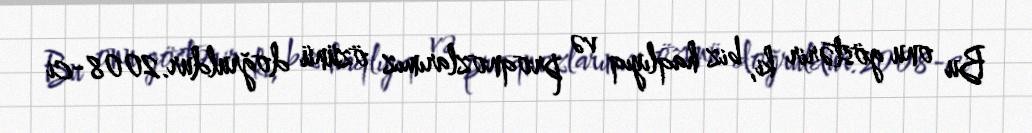
Bu onu göstərir ki, biz haqlıyıq və proqnozlarımız özünü doğruldur.2008-ci